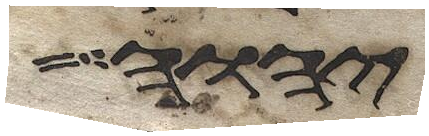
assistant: יהוה